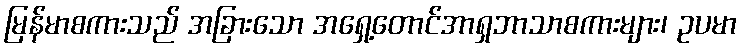
မြန်မာစကားသည် အခြားသော အရှေ့တောင်အာရှဘာသာစကားများ၊ ဥပမာ